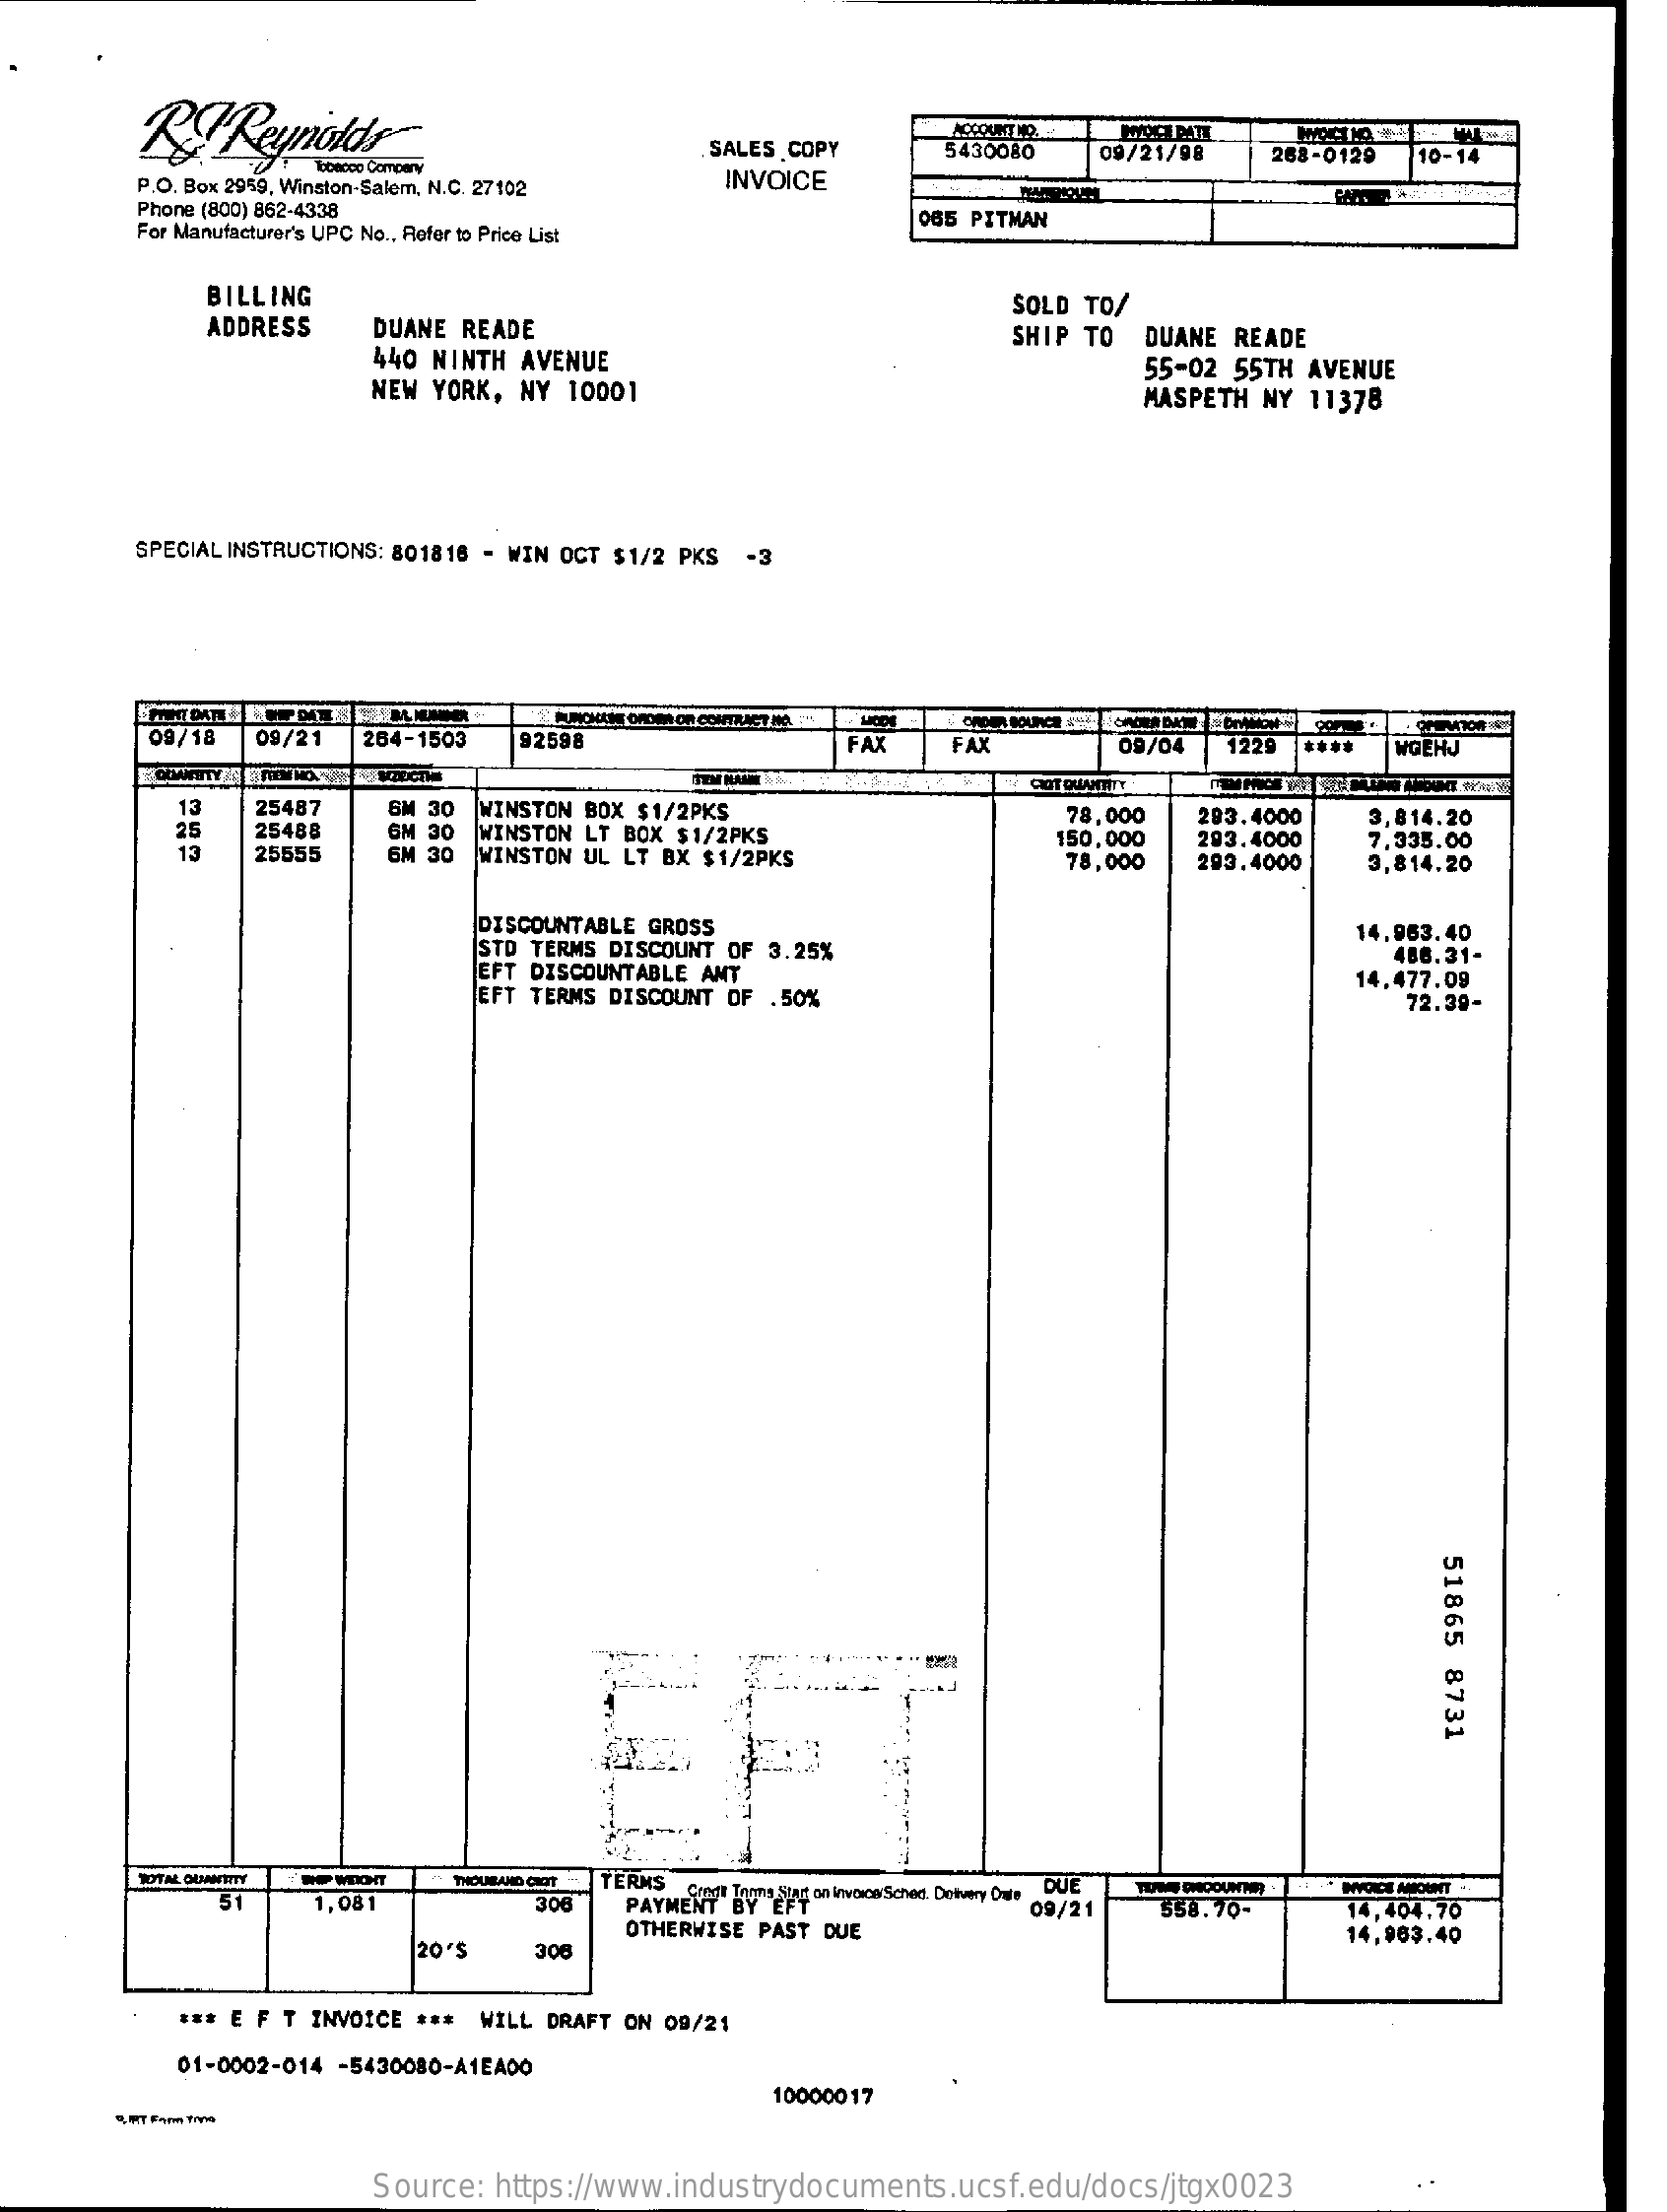
SALES COPY    5430080   09/21/98   268-0129 10-14
     P.O. Box 2959, Winston-Salem, N.C. 27102 INVOICE
     Phone (800) 862-4338
     For Manufacturer's UPC No ., Refer to Price List
     065 PITMAN
     BILLING
     ADDRESS   DUANE READE
     SOLD TO/
     440 NINTH AVENUE
     SHIP TO  DUANE READE
     NEW YORK, NY 10001
     55-02 55TH AVENUE
     MASPETH NY 11378
     SPECIAL INSTRUCTIONS: 801818 - WIN OCT $1/2 PKS -3
     09/18  09/21  264-1503  92598
     AL V+ DUET OFDIN OR CONTRACT NO.
     FAX   FAX    09/04  1229    WGEHJ
     13   25487   GM 30
     GM 30
     WINSTON BOX $1/2PKS
     25488    WINSTON LT BOX $1/2PKS
     78.000  293.4000   3,814.20
     25555    WINSTON UL LT BX $1/2PKS
     150,000  293.4000
     78,000  293.4000
     7.335.00
     3,814.20
     DISCOUNTABLE GROSS
     STD TERMS DISCOUNT OF 3.25%
     14,963.40
     EFT DISCOUNTABLE ANT
     486.31-
     EFT TERMS DISCOUNT OF .50%
     14,477.09
     72.38-
     51865
     8731
     WE WEOHT  THOUSAND CROIT
     1,081
     TERMS
     306   PAYMENT" By an invoice Sched. Detvery Dwie DUE
     51
     OTHERWISE PAST DUE
     09/21    558.70-    14,404.70
     20'S    300
     14,963.40
     *** E F T INVOICE *** WILL DRAFT ON 09/21
     01-0002-014 -5430080-A1EA00
     10000017
     Source: https://www.industrydocuments.ucsf.edu/docs/jtgx0023